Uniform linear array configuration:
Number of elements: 32
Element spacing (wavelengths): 0.75
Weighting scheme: kaiser
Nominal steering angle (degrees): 15
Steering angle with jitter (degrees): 14.713
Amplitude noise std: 0.05
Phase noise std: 0.05

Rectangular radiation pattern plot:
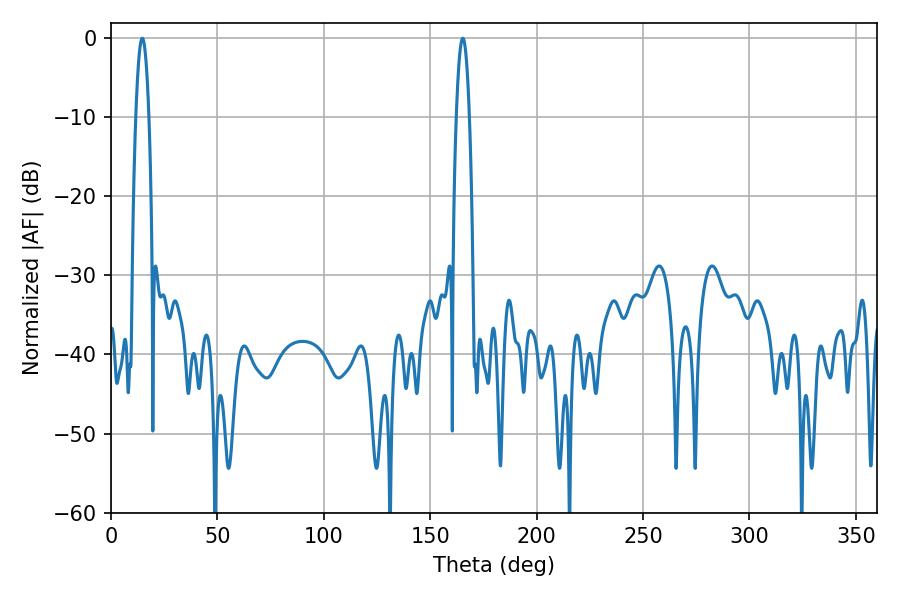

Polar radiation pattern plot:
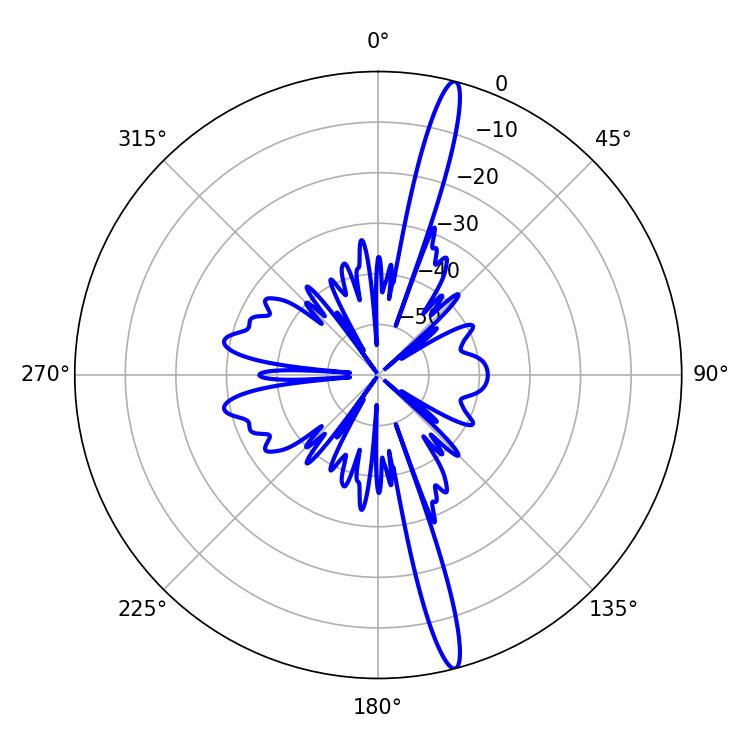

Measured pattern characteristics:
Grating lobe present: TRUE
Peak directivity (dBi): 17.94
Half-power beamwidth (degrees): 3.42
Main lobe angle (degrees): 14.76